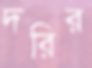
দরির